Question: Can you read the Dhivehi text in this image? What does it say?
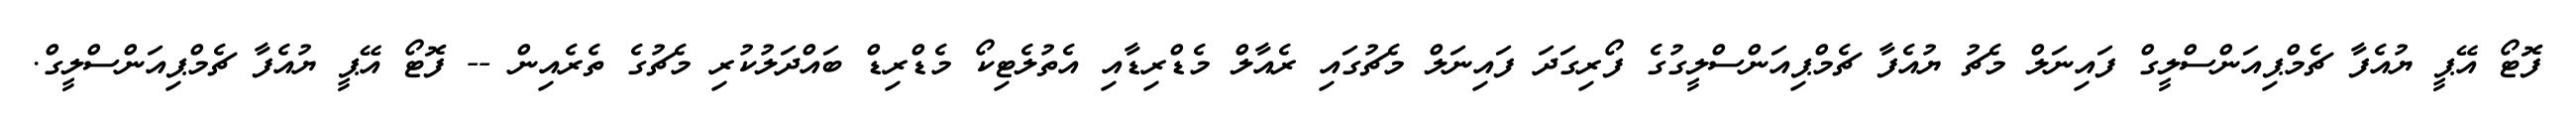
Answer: ފޮޓޯ އޭޕީ ޔުއެފާ ޗެމްޕިއަންސްލީގް ފައިނަލް މެޗު ޔުއެފާ ޗެމްޕިއަންސްލީގުގެ ފޯރިގަދަ ފައިނަލް މެޗުގައި ރެއާލް މެޑްރިޑާއި އެތުލެޓިކޯ މެޑްރިޑް ބައްދަލުކުރި މެޗުގެ ތެރެއިން -- ފޮޓޯ އޭޕީ ޔުއެފާ ޗެމްޕިއަންސްލީގް.